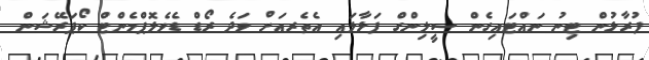
ފުރާޅުން ޓިނު ނައްޓައިގެން ސީލިންގް ފަޅާލައި އެތެރއަށް ވަދެ ރޯޑް ޑެވެލޮޕްމެންޓް ކޯޕަރޭޝަން